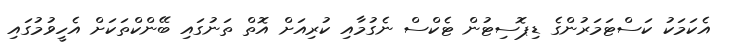
އެކަމަކު ކަސްޓަމަރުންގެ ޑިޕޮސިޓުން ޓެކްސް ނެގުމާއި ކުރިއަށް އޮތް ތަނުގައި ބޭންކްތަކަށް އެހީވުމުގައި